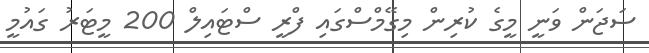
ސަޖަން ވަނީ މީގެ ކުރިން މިގޭމްސްގައި ފްރީ ސްޓައިލް 200 މީޓަރު ގައުމީ